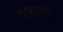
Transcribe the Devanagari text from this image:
गोकुलस्थ